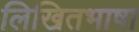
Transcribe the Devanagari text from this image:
लिखितभाषा